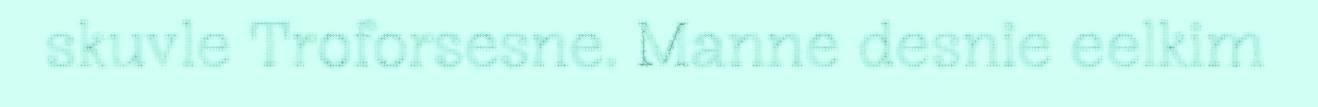
skuvle Troforsesne. Manne desnie eelkim